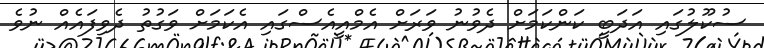
ސުކޫލުގައި އަދަބީ ކަންކަމަށް ދެވުނު ވަރަށް އެމްއީއެސްގައި އެކަމަށް ވަގުތު ދެވިފައެއް ނުވެ